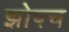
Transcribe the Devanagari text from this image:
झोपच